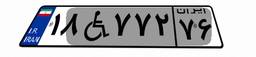
۱۸W۷۷۲۷۶